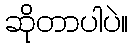
ဆိုတာပါပဲ။